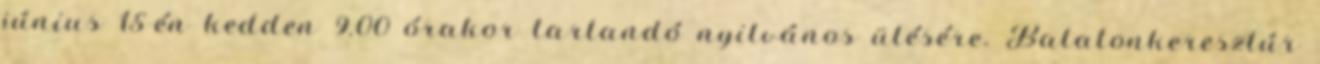
június 15-én kedden 9.00 órakor tartandó nyilvános ülésére. Balatonkeresztúr